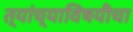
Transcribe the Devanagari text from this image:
त्यांच्याविषयीचा